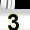
Digit: 3